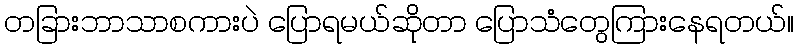
တခြားဘာသာစကားပဲ ပြောရမယ်ဆိုတာ ပြောသံတွေကြားနေရတယ်။